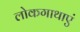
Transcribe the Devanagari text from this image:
लोकगाथाएं